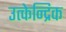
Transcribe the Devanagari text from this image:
उत्केन्द्रिक